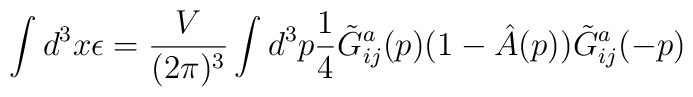
\int d^3x \epsilon = \frac{V}{(2\pi )^3} \int d^3p\frac{1}{4}\tilde{G}^a_{ij}(p)(1 - \hat{A}(p))\tilde{G}^a_{ij}(-p)